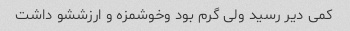
کمی دیر رسید ولی گرم بود وخوشمزه و ارزششو داشت